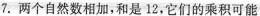
7.两个自然数相加，和是12，它们的乘积可能